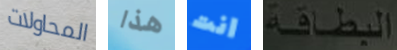
المحاولات هذا انت البطاقة